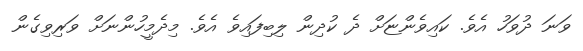
ވަނަ ދުވަހު އެވެ. ކައިވެންޏަށް ދެ ކުދިން ލިބިފައިވެ އެވެ. މިދެމީހުންނަށް ވަރިވިގެން